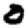
Digit: 0